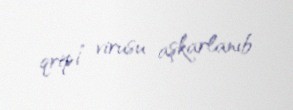
qripi” virusu aşkarlanıb.